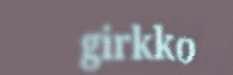
girkko